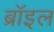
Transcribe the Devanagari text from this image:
ब्रॉइल